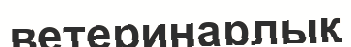
ветеринарлық